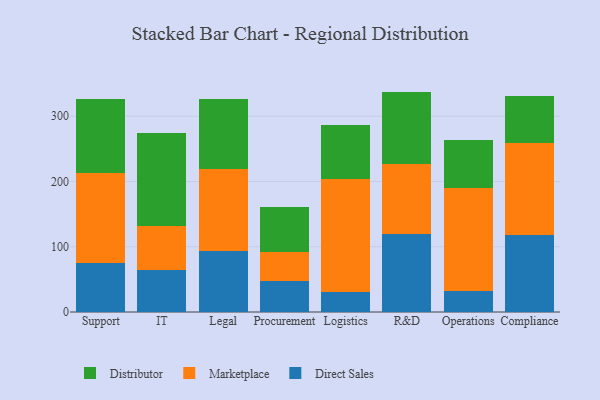
{"axis": {"x": "Department", "y": "Operating Costs (USD K)"}, "legend": ["Direct Sales", "Distributor", "Marketplace"], "data": [{"x": "Support", "y": 75.0, "type": "Direct Sales"}, {"x": "Support", "y": 137.7, "type": "Marketplace"}, {"x": "Support", "y": 113.8, "type": "Distributor"}, {"x": "IT", "y": 63.8, "type": "Direct Sales"}, {"x": "IT", "y": 68.7, "type": "Marketplace"}, {"x": "IT", "y": 142.4, "type": "Distributor"}, {"x": "Legal", "y": 92.8, "type": "Direct Sales"}, {"x": "Legal", "y": 126.8, "type": "Marketplace"}, {"x": "Legal", "y": 107.1, "type": "Distributor"}, {"x": "Procurement", "y": 46.8, "type": "Direct Sales"}, {"x": "Procurement", "y": 45.7, "type": "Marketplace"}, {"x": "Procurement", "y": 69.0, "type": "Distributor"}, {"x": "Logistics", "y": 31.0, "type": "Direct Sales"}, {"x": "Logistics", "y": 172.7, "type": "Marketplace"}, {"x": "Logistics", "y": 82.3, "type": "Distributor"}, {"x": "R&D", "y": 119.1, "type": "Direct Sales"}, {"x": "R&D", "y": 107.1, "type": "Marketplace"}, {"x": "R&D", "y": 111.6, "type": "Distributor"}, {"x": "Operations", "y": 32.5, "type": "Direct Sales"}, {"x": "Operations", "y": 156.8, "type": "Marketplace"}, {"x": "Operations", "y": 74.3, "type": "Distributor"}, {"x": "Compliance", "y": 117.6, "type": "Direct Sales"}, {"x": "Compliance", "y": 141.0, "type": "Marketplace"}, {"x": "Compliance", "y": 72.4, "type": "Distributor"}]}